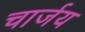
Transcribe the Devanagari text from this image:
चार्जय